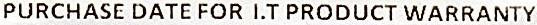
PURCHASE DATE FOR I.T PRODUCT WARRANTY